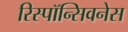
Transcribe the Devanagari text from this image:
रिस्पॉन्सिवनेस